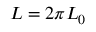
L = 2 \pi L _ { 0 }